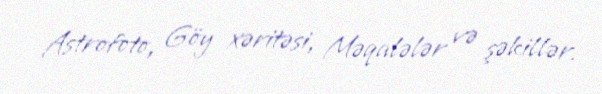
Astrofoto, Göy xəritəsi, Məqalələr və şəkillər.